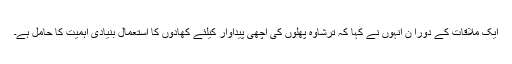
ایک ملاقات کے دورا ن انہوں نے کہا کہ ترشاوہ پھلوں کی اچھی پیداوار کیلئے کھادوں کا استعمال بنیادی اہمیت کا حامل ہے۔